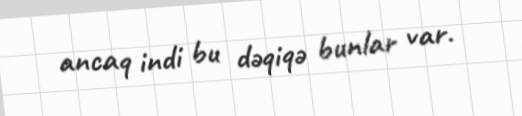
ancaq indi bu dəqiqə bunlar var.